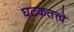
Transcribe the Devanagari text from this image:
घटकतत्त्वे